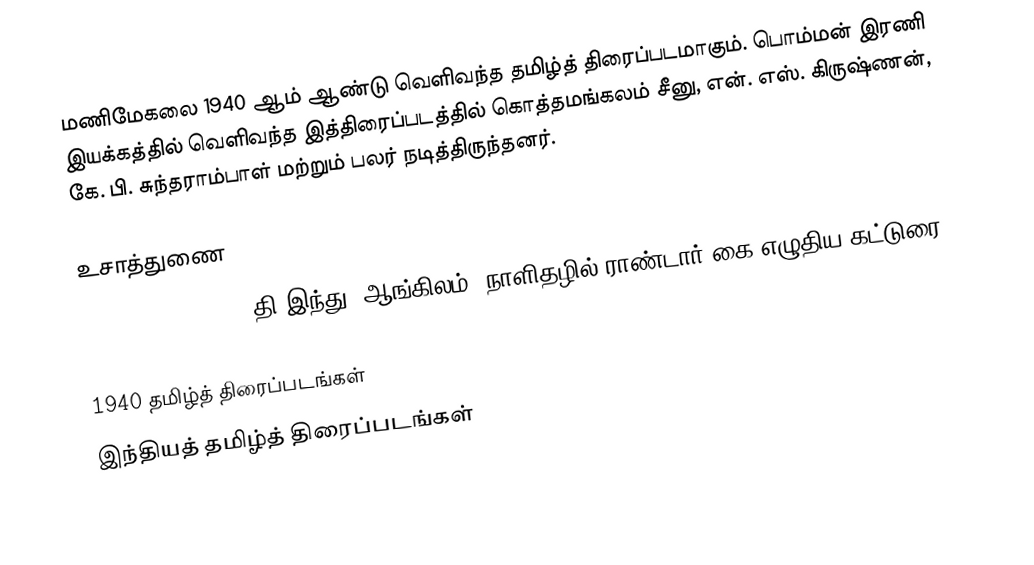
மணிமேகலை 1940 ஆம் ஆண்டு வெளிவந்த தமிழ்த் திரைப்படமாகும். பொம்மன் இரணி இயக்கத்தில் வெளிவந்த இத்திரைப்படத்தில் கொத்தமங்கலம் சீனு, என். எஸ். கிருஷ்ணன், கே. பி. சுந்தராம்பாள் மற்றும் பலர் நடித்திருந்தனர்.

உசாத்துணை
Manimekalai 1940 - தி இந்து (ஆங்கிலம்) நாளிதழில் ராண்டார் கை எழுதிய கட்டுரை

1940 தமிழ்த் திரைப்படங்கள்
இந்தியத் தமிழ்த் திரைப்படங்கள்